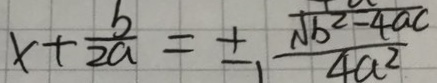
x + \frac { b } { 2 a } = \pm , \frac { \sqrt { b ^ { 2 } - 4 a c } } { 4 a ^ { 2 } }